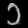
Digit: ၁